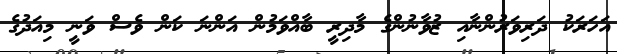
އަހަރަކު ދަރިވަރުންނާއި ޒުވާނުންގެ މާދިރީ ބާއްވަމުން އަންނަ ކަން ވެސް ވަނީ މިއަދުގެ